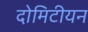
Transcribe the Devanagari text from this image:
दोमिटीयन